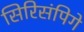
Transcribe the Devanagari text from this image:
सिरिसंपिगे